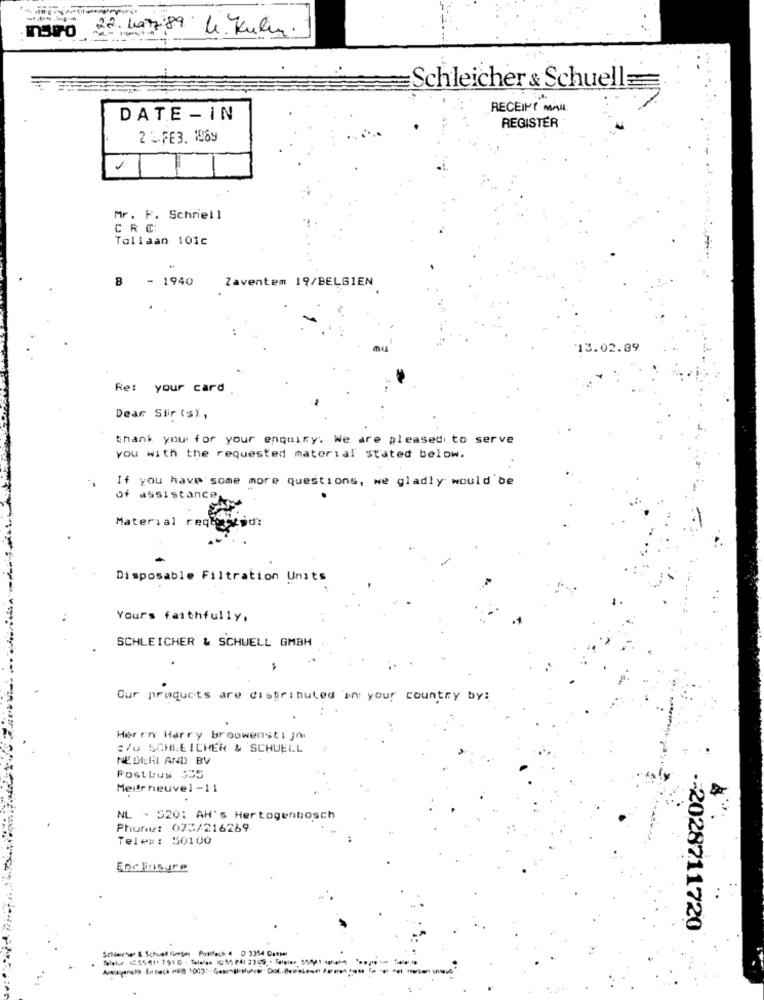
naro 22 4a789 le Kulin.
Schleicher & Schuell
RECEIPT MAIL
DATE - IN
REGISTER
2 2.FE3. 1969
Mr. F. Schriell
CRC
Tollaan 101c
B - 1940
Zaventem 19/BELGIEN
13.02.89
Re: your card
Dear Sir(s),
thank you for your enquiry. We are pleased to serve
you with the requested material stated below.
-.
If you have some more questions, we gladly would be
of assistanceky
Material reqigvid:
Disposable Filtration Units
Yours faithfully.
SCHLEICHER & SCHWELL GMBH
Our products are distributed in your country by:
Herrn Harry Brouwenstijn
3/0 SCHLEICHER & SCHUELL
NEDERLAND BV
Postbus JES
Medtr heuvel-11
.
NL - 520: AH's Hertogenbosch
Phure: 073/216269
Telex: 50100
Enclinsure
-- 2028711720
Schwetwee & Schuet fortes Poufoch 4 0 3354 Dattel